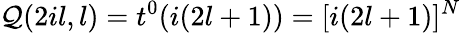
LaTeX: \mathcal{Q}(2il,l)=t^{0}(i(2l+1))=[i(2l+1)]^{N}